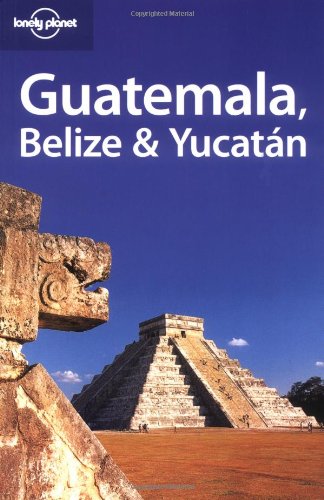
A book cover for Lonely Planet Guatemala Belize & Yucatan (Lonely Planet Belize, Guatemala & Yucatan); Conner Gorry; Travel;